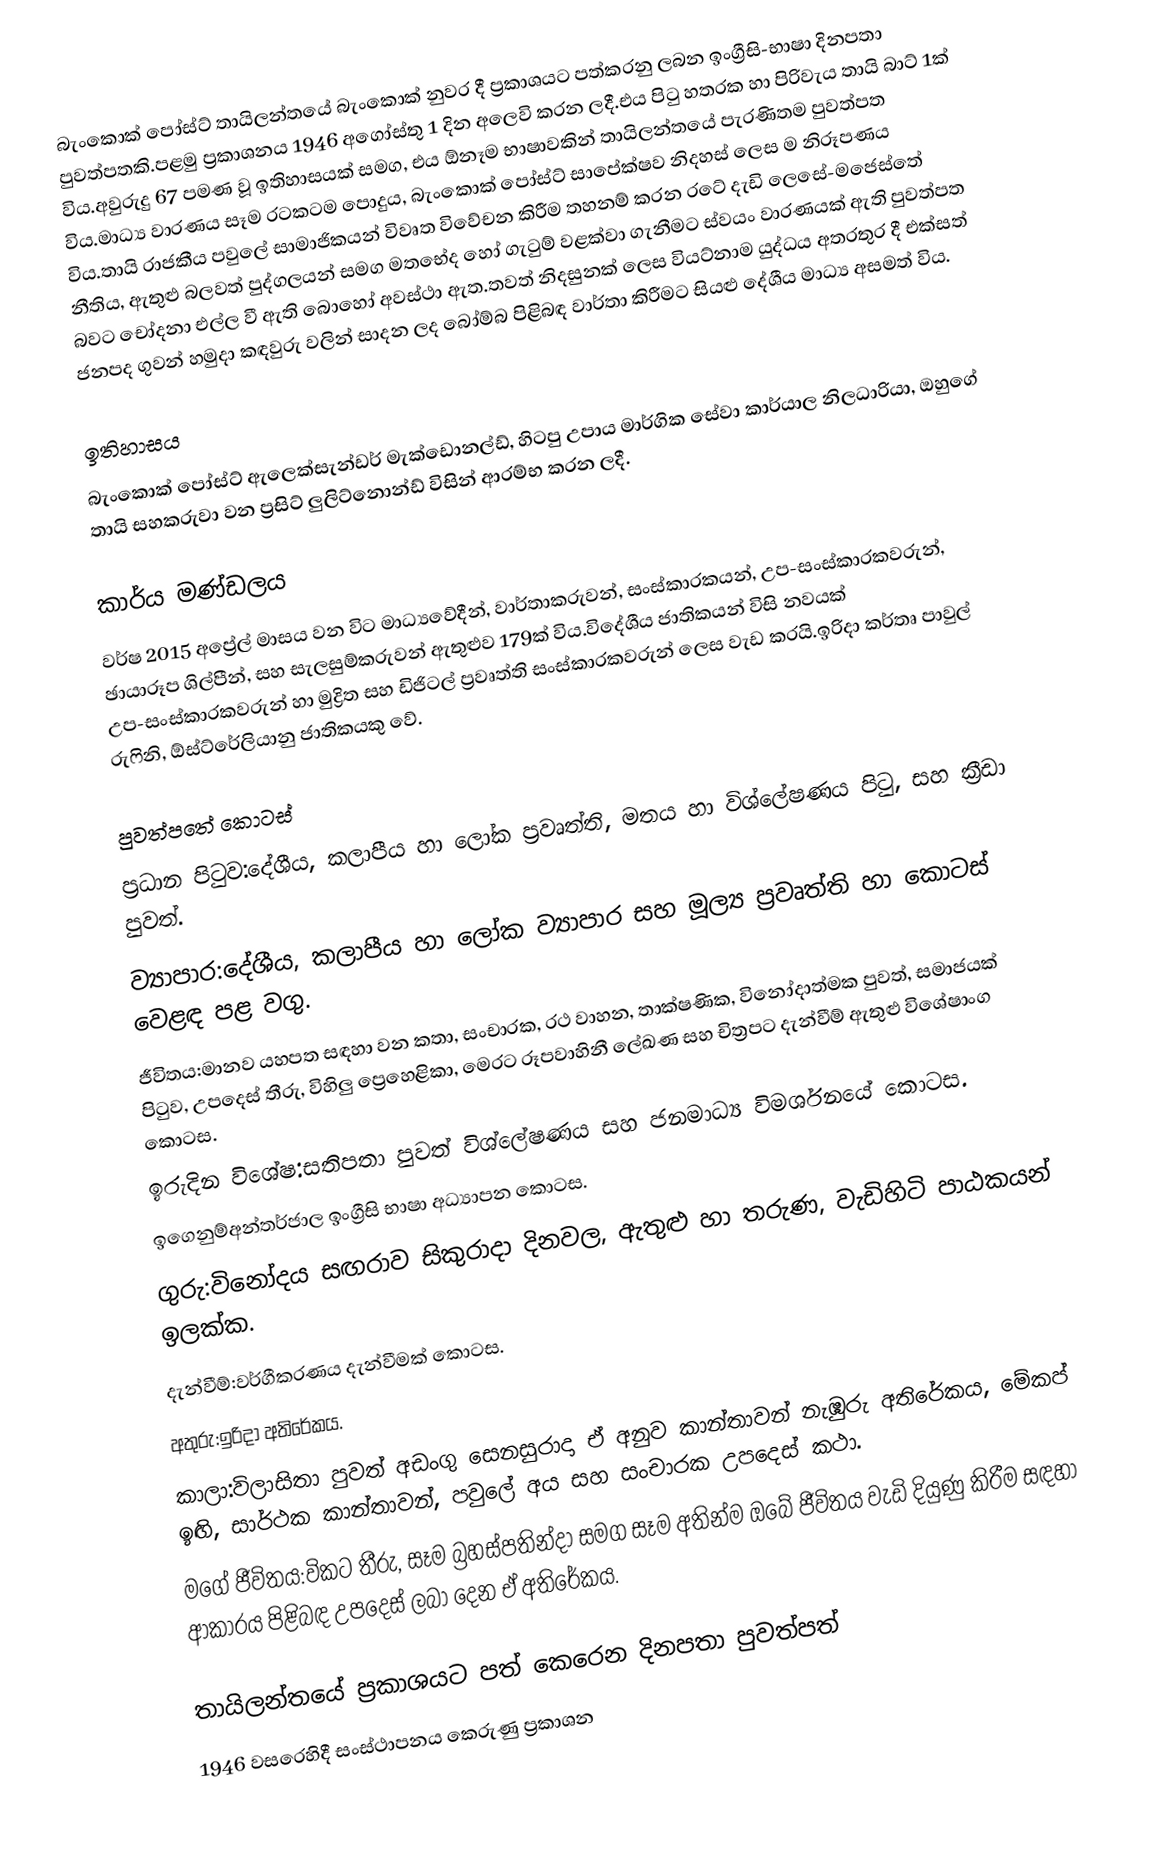
බැංකොක් පෝස්ට් තායිලන්තයේ බැංකොක් නුවර දී ප්‍රකාශයට පත්කරනු ලබන  ඉංග්‍රීසි-භාෂා දිනපතා පුවත්පතකි.පළමු ප්‍රකාශනය 1946 අගෝස්තු 1 දින අලෙවි කරන ලදී.එය පිටු හතරක හා පිරිවැය තායි බාට් 1ක් විය.අවුරුදු 67 පමණ වූ ඉතිහාසයක් සමග, එය ඕනෑම භාෂාවකින් තායිලන්තයේ පැරණිතම පුවත්පත විය.මාධ්‍ය වාරණය සෑම රටකටම පොදුය, බැංකොක් පෝස්ට් සාපේක්ෂව නිදහස් ලෙස ම නිරූපණය විය.තායි රාජකීය පවුලේ සාමාජිකයන් විවෘත විවේචන කිරීම තහනම් කරන රටේ දැඩි ලෙසේ-මජෙස්තේ නීතිය, ඇතුළු බලවත් පුද්ගලයන් සමග මතභේද හෝ ගැටුම් වළක්වා ගැනීමට ස්වයං වාරණයක් ඇති පුවත්පත බවට චෝදනා එල්ල වී ඇති බොහෝ අවස්ථා ඇත.තවත් නිදසුනක් ලෙස වියට්නාම යුද්ධය අතරතුර දී එක්සත් ජනපද ගුවන් හමුදා කඳවුරු වලින් සාදන ලද බෝම්බ පිළිබඳ වාර්තා කිරීමට සියළු දේශීය මාධ්‍ය අසමත් විය.

ඉතිහාසය
බැංකොක් පෝස්ට් ඇලෙක්සැන්ඩර් මැක්ඩොනල්ඩ්, හිටපු උපාය මාර්ගික සේවා කාර්යාල නිලධාරියා, ඔහුගේ තායි සහකරුවා වන ප්‍රසිට් ලුලිට්නොන්ඩ් විසින් ආරම්භ කරන ලදී.

කාර්ය මණ්ඩලය
වර්ෂ 2015 අප්‍රේල් මාසය වන විට මාධ්‍යවේදීන්, වාර්තාකරුවන්, සංස්කාරකයන්, උප-සංස්කාරකවරුන්, ඡායාරූප ශිල්පීන්, සහ සැලසුම්කරුවන් ඇතුළුව 179ක් විය.විදේශීය ජාතිකයන් විසි නවයක් උප-සංස්කාරකවරුන් හා මුද්‍රිත සහ ඩිජිටල් ප්‍රවෘත්ති සංස්කාරකවරුන් ලෙස වැඩ කරයි.ඉරිදා කර්තෘ පාවුල් රුෆිනි, ඕස්ට්රේලියානු ජාතිකයකු වේ.

පුවත්පතේ කොටස්
 ප්‍රධාන පිටුව:දේශීය, කලාපීය හා ලෝක ප්‍රවෘත්ති, මතය හා විශ්ලේෂණය පිටු, සහ ක්‍රීඩා පුවත්.
 ව්‍යාපාර:දේශීය, කලාපීය හා ලෝක ව්‍යාපාර සහ මූල්‍ය ප්‍රවෘත්ති හා කොටස් වෙළඳ පළ වගු.
 ජීවිතය:මානව යහපත සඳහා වන කතා, සංචාරක, රථ වාහන, තාක්ෂණික, විනෝදාත්මක පුවත්, සමාජයක් පිටුව, උපදෙස් තීරු, විහිලු ප්‍රෙහෙළිකා, මෙරට රූපවාහිනී ලේඛණ සහ චිත්‍රපට දැන්වීම් ඇතුළු විශේෂාංග කොටස.
 ඉරුදින විශේෂ:සතිපතා පුවත් විශ්ලේෂණය සහ ජනමාධ්‍ය විමර්ශනයේ කොටස.
 ඉගෙනුම්අන්තර්ජාල ඉංග්‍රීසි භාෂා අධ්‍යාපන කොටස.
 ගුරු:විනෝදය සඟරාව සිකුරාදා දිනවල, ඇතුළු හා තරුණ, වැඩිහිටි පාඨකයන් ඉලක්ක.
 දැන්වීම්:වර්ගීකරණය දැන්වීමක් කොටස.
 අතුරු:ඉරිදා අතිරේකය.
 කාලා:විලාසිතා පුවත් අඩංගු සෙනසුරාදා ඒ අනුව කාන්තාවන් නැඹුරු අතිරේකය, මේකප් ඉඟි, සාර්ථක කාන්තාවන්, පවුලේ අය සහ සංචාරක උපදෙස් කථා.
 මගේ ජීවිතය:විකට තීරු, සෑම බ්‍රහස්පතින්දා සමග සෑම අතින්ම ඔබේ ජීවිතය වැඩි දියුණු කිරීම සඳහා ආකාරය පිළිබඳ උපදෙස් ලබා දෙන ඒ අතිරේකය.

 තායිලන්තයේ ප්‍රකාශයට පත් කෙරෙන දිනපතා පුවත්පත්
 1946 වසරෙහිදී සංස්ථාපනය කෙරුණු ප්‍රකාශන